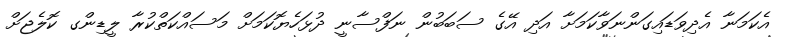
އެކަމަނާ އެދިވަޑައިގަންނަވާކަމަށާ އަދި އޭގެ ސަބަބުން ނަފްސާނީ ދުޅަހެޔޮކަމަށް މަސައްކަތްކުރާ ލީޑިންގ ކޮލެޖަށް